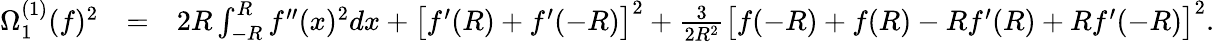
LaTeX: \begin{array}{rlr}{\Omega_{1}^{(1)}(f)^{2}}&{=}&{2R\int_{-R}^{R}f^{\prime\prime}(x)^{2}dx+\big[f^{\prime}(R)+f^{\prime}(-R)\big]^{2}+\frac{3}{2R^{2}}\big[f(-R)+f(R)-Rf^{\prime}(R)+Rf^{\prime}(-R)\big]^{2}.}\end{array}